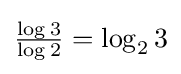
{\tfrac {\log 3}{\log 2}}=\log _{2}3